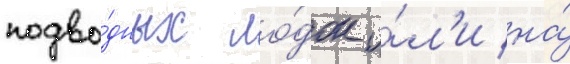
подво́дных ло́док и́л'и на́